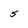
Character: 5